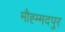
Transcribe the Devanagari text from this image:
मौह्म्मदपुर